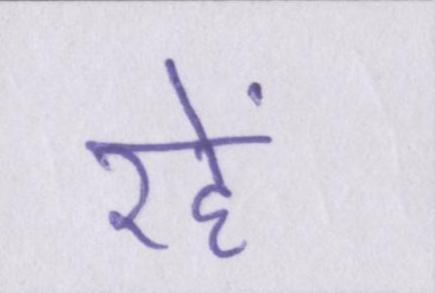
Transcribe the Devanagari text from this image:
रहें